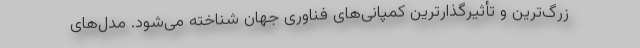
زرگ‌ترین و تأثیرگذارترین کمپانی‌های فناوری جهان شناخته می‌شود. مدل‌های